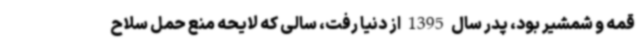
قمه و شمشیر بود، پدر سال 1395 از دنیا رفت، سالی که لایحه منع حمل سلاح